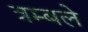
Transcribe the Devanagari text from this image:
त्रम्बले